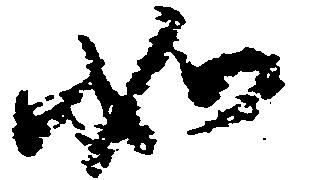
如